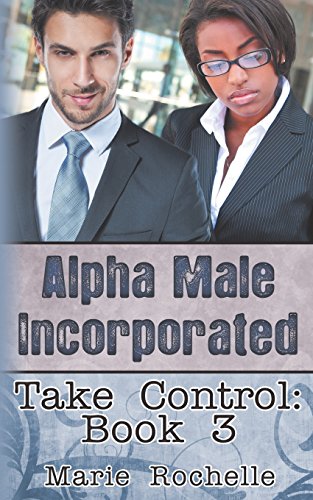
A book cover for Alpha Male Incorporated: Take Control; Marie Rochelle; Romance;